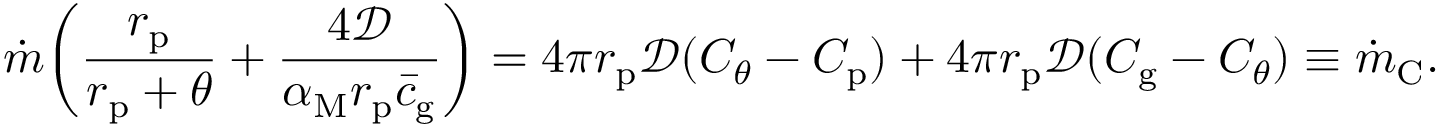
\dot { m } \bigg ( \frac { r _ { \mathrm { p } } } { r _ { \mathrm { p } } + \theta } + \frac { 4 \mathcal { D } } { \alpha _ { \mathrm { M } } r _ { \mathrm { p } } \bar { c } _ { \mathrm { g } } } \bigg ) = 4 \pi r _ { \mathrm { p } } \mathcal { D } ( C _ { \theta } - C _ { \mathrm { p } } ) + 4 \pi r _ { \mathrm { p } } \mathcal { D } ( C _ { \mathrm { g } } - C _ { \theta } ) \equiv \dot { m } _ { \mathrm { C } } .